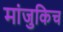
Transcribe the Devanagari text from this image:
मांजुकिच